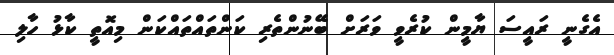
އެގެނީ ރައީސަ ޔާމީން ކުރެވީ ވަރަށް ބޭނުންތެރި ކަންތައްތައްކަން މިއޮތީ ކާޅު ހާލި